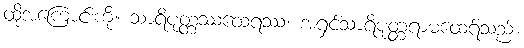
ထိုအကြောင်းကို။ သာရိပုတ္တဿထေရဿ၊ အရှင်သာရိပုတ္တရာမထေရ်သည်။